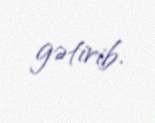
gətirib.